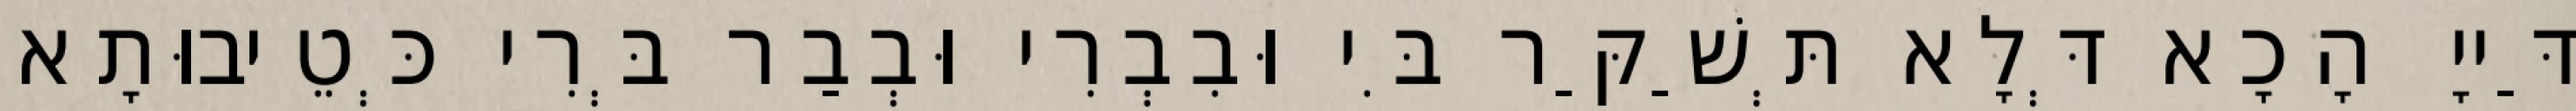
דַּייָ הָכָא דְּלָא תְּשַׁקַּר בִּי וּבִבְרִי וּבְבַר בְּרִי כְּטֵיבוּתָא